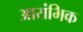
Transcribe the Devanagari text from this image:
आरांभिक